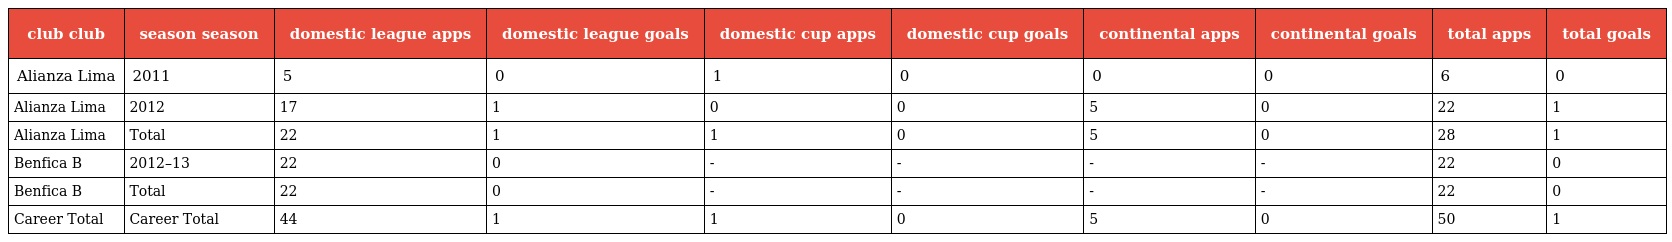
| club club | season season | domestic league apps | domestic league goals | domestic cup apps | domestic cup goals | continental apps | continental goals | total apps | total goals |
 | --- | --- | --- | --- | --- | --- | --- | --- | --- | --- |
 | Alianza Lima | 2011 | 5 | 0 | 1 | 0 | 0 | 0 | 6 | 0 |
 | Alianza Lima | 2012 | 17 | 1 | 0 | 0 | 5 | 0 | 22 | 1 |
 | Alianza Lima | Total | 22 | 1 | 1 | 0 | 5 | 0 | 28 | 1 |
 | Benfica B | 2012–13 | 22 | 0 | - | - | - | - | 22 | 0 |
 | Benfica B | Total | 22 | 0 | - | - | - | - | 22 | 0 |
 | Career Total | Career Total | 44 | 1 | 1 | 0 | 5 | 0 | 50 | 1 |